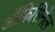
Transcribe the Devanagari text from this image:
ऑफ़िसिनेल